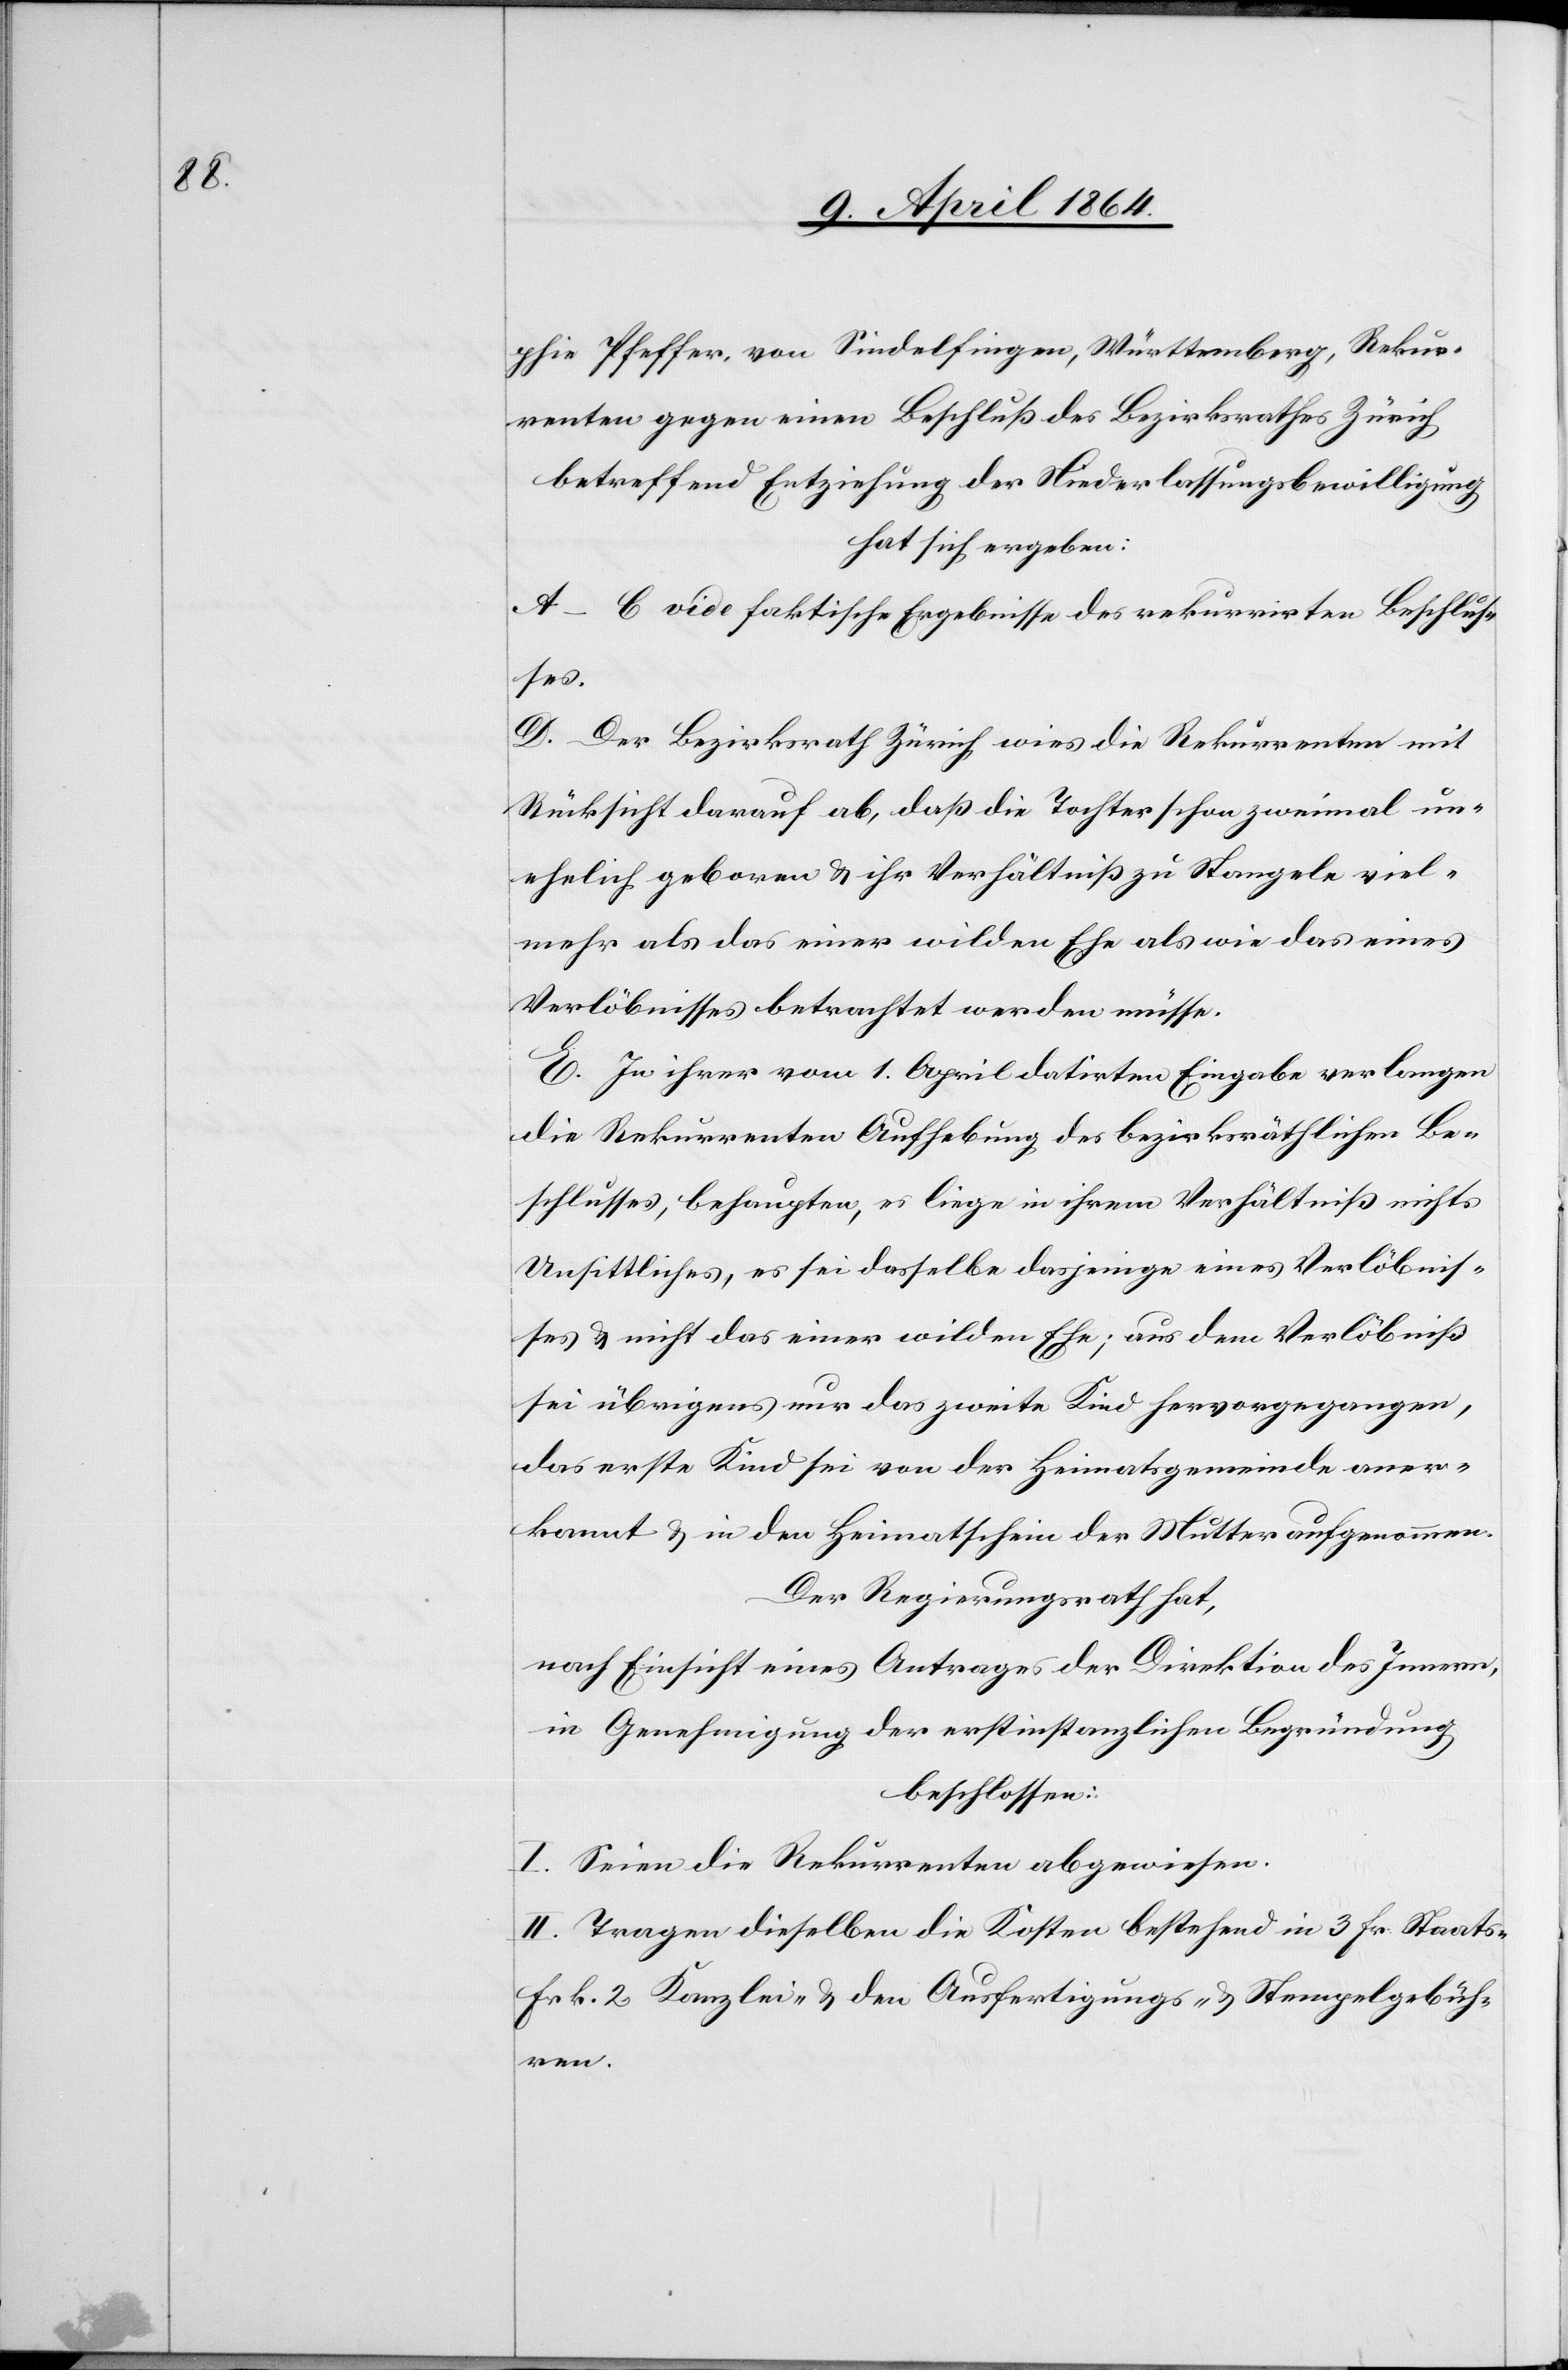
phie Pfeffer, von Sindelfingen, Württemberg, Rekur¬
renten gegen einen Beschluß des Bezirksrathes Zürich
betreffend Entziehung der Niederlassungsbewilligung
hat sich ergeben:
A–C vide faktische Ergebnisse des rekurrirten Beschlus¬
ses.
D. Der Bezirksrath Zürich wies die Rekurrenten mit
Rücksicht darauf ab, daß die Tochter schon zweimal un¬
ehelich geboren u. ihr Verhältniß zu Stangele viel¬
mehr als das einer wilden Ehe als wie das eines
Verlöbnisses betrachtet werden müsse.
E. In ihrer vom 1. April datirten Eingabe verlangen
die Rekurrenten Aufhebung des bezirksräthlichen Be¬
schlusses, behaupten, es liege in ihrem Verhältniß nichts
Unsittliches, es sei dasselbe dasjenige eines Verlöbnis¬
ses u. nicht das einer wilden Ehe; aus dem Verlöbniß
sei übrigens nur das zweite Kind hervorgegangen,
das erste Kinde sei von der Heimatgemeinde aner¬
kannt u. in den Heimatschein der Mutter aufgenommen.
Der Regierungsrath hat,
nach Einsicht eines Antrages der Direktion des Innern,
in Genehmigung der erstinstanzlichen Begründung
beschlossen:
I. Seien die Rekurrenten abgewiesen.
II. Tragen dieselben die Kosten bestehend in 3 Fr Staats-[,]
Frk. 2 Kanzlei- u. den Ausfertigungs- u. Stempelgebüh¬
ren.